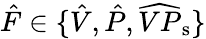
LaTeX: \hat{F}\in\{ \hat{V},\hat{P},\widehat{VP}_{\mathrm{s}}\}